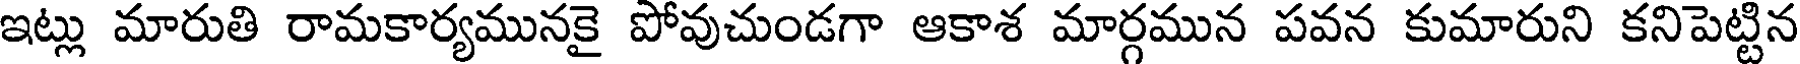
ఇట్లు మారుతి రామకార్యమునకై పోవుచుండగా ఆకాశ మార్గమున పవన కుమారుని కనిపెట్టిన